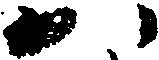
か